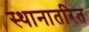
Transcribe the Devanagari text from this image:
स्थानातरित